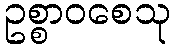
ဥစ္စာဝစေသု